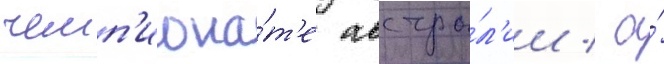
чемп'иона́т'е австра́л'ии / а́